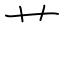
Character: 艹